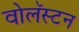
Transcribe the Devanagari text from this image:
वोलॅस्टन